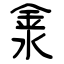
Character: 淾